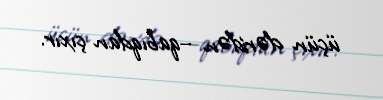
üçün dəridən –qabıqdan çıxır.